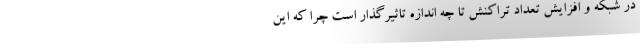
در شبکه و افزایش تعداد تراکنش تا چه اندازه تاثیرگذار است چرا که این